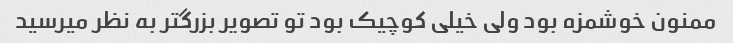
ممنون خوشمزه بود ولی خیلی کوچیک بود تو تصویر بزرگتر به نظر میرسید